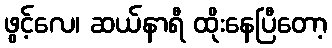
ဖွင့်လေ၊ ဆယ်နာရီ ထိုးနေပြီတော့